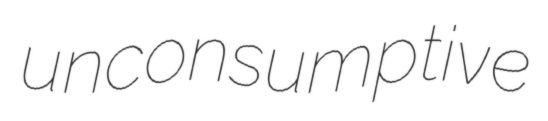
unconsumptive